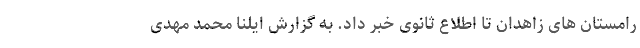
رامستان های زاهدان تا اطلاع ثانوی خبر داد. به گزارش ایلنا محمد مهدی